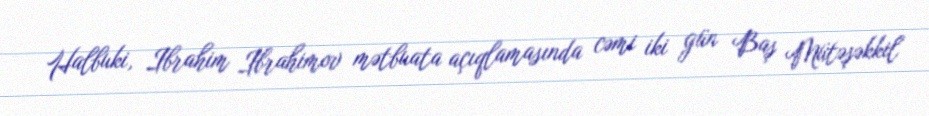
Halbuki, Ibrahim Ibrahimov mətbuata açıqlamasında cəmi iki gün Baş Mütəşəkkil